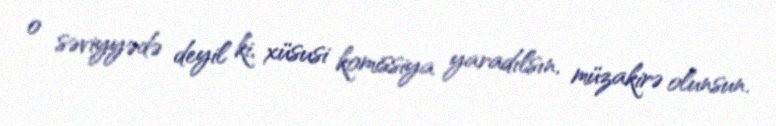
o səviyyədə deyil ki, xüsusi komissiya yaradılsın, müzakirə olunsun.